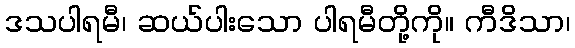
ဒသပါရမီ၊ ဆယ်ပါးသော ပါရမီတို့ကို။ ကီဒိသာ၊